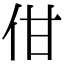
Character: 佄